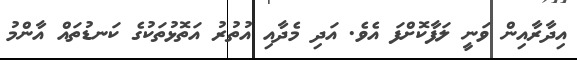
އިދާރާއިން ވަނީ ލަފާކޮށްފަ އެވެ. އަދި މެދާއި އުތުރު އަތޮޅުތަކުގެ ކަނޑުތައް އާންމު